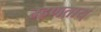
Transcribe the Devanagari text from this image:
म्हणताय्